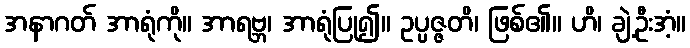
အနာဂတ် အာရုံကို။ အာရဗ္ဘ၊ အာရုံပြု၍။ ဥပ္ပဇ္ဇတိ၊ ဖြစ်၏။ ဟိ၊ ချဲ့ဦးအံ့။